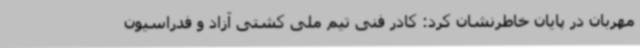
مهربان در پایان خاطرنشان کرد: کادر فنی تیم ملی کشتی آزاد و فدراسیون